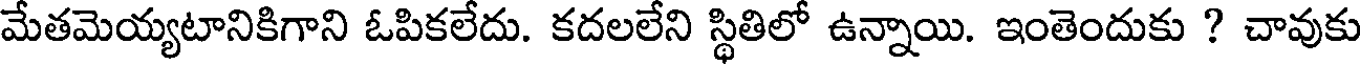
మేతమెయ్యటానికిగాని ఓపికలేదు. కదలలేని స్థితిలో ఉన్నాయి. ఇంతెందుకు ? చావుకు